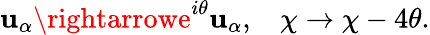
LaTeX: \mathbf{u}_{\alpha}\rightarrowe^{i\theta}\mathbf{u}_{\alpha},\: \: \: \: \chi\rightarrow\chi-4\theta.